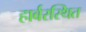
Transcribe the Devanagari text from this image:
हार्बरस्थित